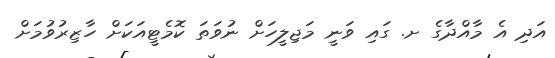
އަދި އެ މާއްދާގެ ށ. ގައި ވަނީ މަޖިލީހަށް ނުވަތަ ކޮމެޓީއަކަށް ހާޒިރުވުމަށް